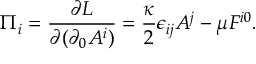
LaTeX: \Pi _ { i } = \frac { \partial { \cal L } } { \partial ( \partial _ { 0 } A ^ { i } ) } = \frac { \kappa } { 2 } \epsilon _ { i j } A ^ { j } - \mu F ^ { i 0 } .